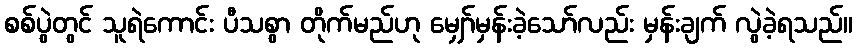
စစ်ပွဲတွင် သူရဲကောင်း ပီသစွာ တိုက်မည်ဟု မျှော်မှန်းခဲ့သော်လည်း မှန်းချက် လွဲခဲ့ရသည်။